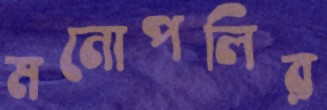
মনোপলির